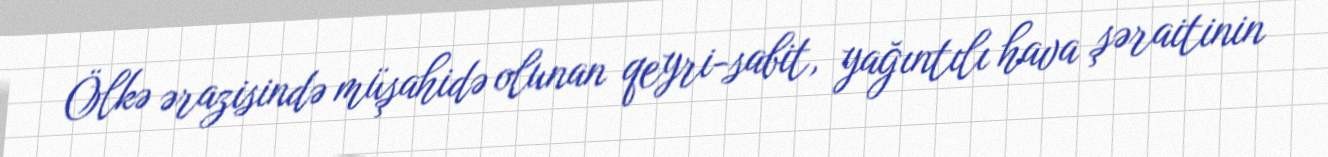
Ölkə ərazisində müşahidə olunan qeyri-sabit, yağıntılı hava şəraitinin